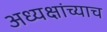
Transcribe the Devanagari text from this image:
अध्यक्षांच्याच